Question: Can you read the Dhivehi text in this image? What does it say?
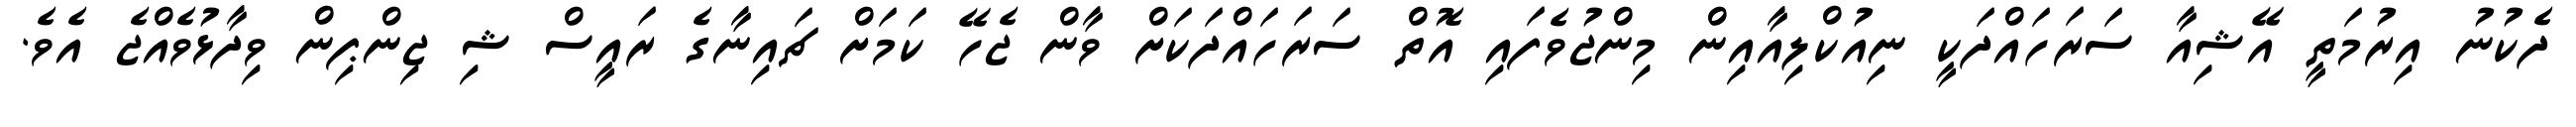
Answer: ދެކުނު އިރުމަތީ އޭޝިއާ ސަރަހައްދަކީ ނިއުކްލިއާއިން މިންޖުވެފައި އޮތް ސަރަހައްދަކަށް ވާން ޖެހޭ ކަމަށް ޗައިނާގެ ރައީސް ޝި ޖިންޕިން ވިދާޅުވެއްޖެ އެވެ.